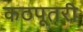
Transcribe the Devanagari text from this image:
कठपूतरी